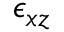
\epsilon _ { x z }